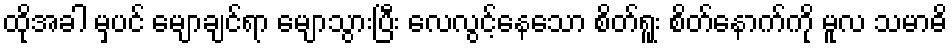
ထိုအခါ မှပင် မျောချင်ရာ မျောသွားပြီး လေလွင့်နေသော စိတ်ရူး စိတ်နောက်ကို မူလ သမာဓိ